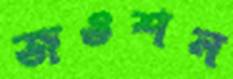
জওশন